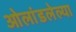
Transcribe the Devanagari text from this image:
ओलांडलेल्या